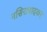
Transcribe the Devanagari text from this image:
नसिराबादकर